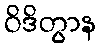
ဝိဒိတွာန